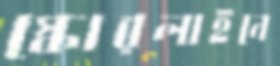
স্কোরলাইনে